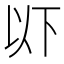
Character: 𫠪